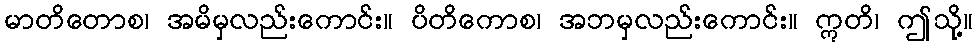
မာတိတောစ၊ အမိမှလည်းကောင်း။ ပိတိကောစ၊ အဘမှလည်းကောင်း။ ဣတိ၊ ဤသို့။